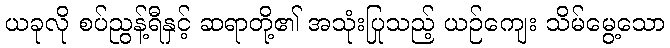
ယခုလို စပ်ညွန့်ရီနှင့် ဆရာတို့၏ အသုံးပြုသည့် ယဉ်ကျေး သိမ်မွေ့သော